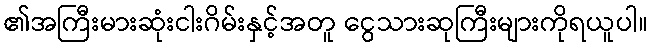
၏အကြီးမားဆုံးငါးဂိမ်းနှင့်အတူ ငွေသားဆုကြီးများကိုရယူပါ။